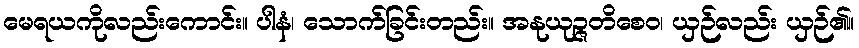
မေရယကိုလည်းကောင်း။ ပါနံ၊ သောက်ခြင်းတည်း။ အနုယုဉ္ဇတိစေဝ၊ ယှဉ်လည်း ယှဉ်၏။